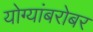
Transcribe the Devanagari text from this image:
योग्यांबरोबर